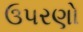
ઉપરણો